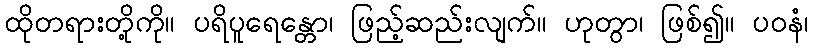
ထိုတရားတို့ကို။ ပရိပူရေန္တော၊ ဖြည့်ဆည်းလျက်။ ဟုတွာ၊ ဖြစ်၍။ ပဝနံ၊